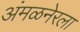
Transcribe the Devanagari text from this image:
अंमळनेरला